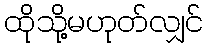
ထိုသို့မဟုတ်လျှင်